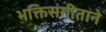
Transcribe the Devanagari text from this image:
भक्तिसंगीताने